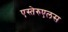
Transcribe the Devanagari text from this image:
एस्तेरुएलस